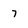
Character: 7